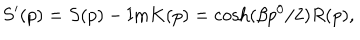
S ^ { \prime } ( p ) = S ( p ) - \mathrm { I m } K ( p ) = \cosh ( \beta p ^ { 0 } / 2 ) R ( p ) ,